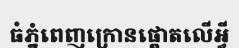
ធំភ្នំពេញក្រោនផ្តោតលើអ្វី